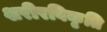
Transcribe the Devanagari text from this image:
शरीरविकृति